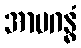
အာမဂန္ဓံ